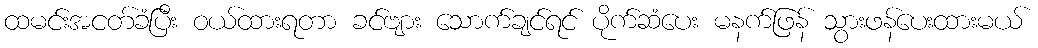
ထမင်းအငတ်ခံပြီး ဝယ်ထားရတာ ခင်ဗျား သောက်ချင်ရင် ပိုက်ဆံပေး မနက်ဖြန် သွားဖန်ပေးထားမယ်